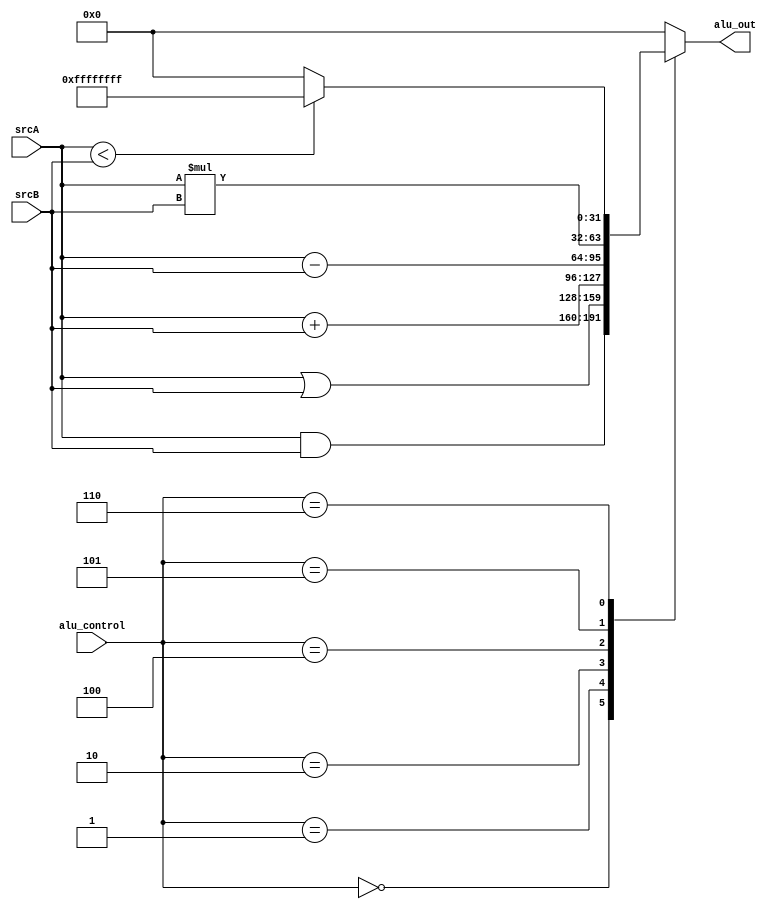
module alu(
    input  [31:0] srcA,
    input  [31:0] srcB,
    input  [2:0]  alu_control,
    output reg [31:0] alu_out   
);

always @(*) 
begin
    case(alu_control)
    3'b000: alu_out = srcA & srcB;
    3'b001: alu_out = srcA | srcB;
    3'b010: alu_out = srcA + srcB;
    3'b100: alu_out = srcA - srcB;
    3'b101: alu_out = srcA * srcB;
    3'b110: 
      begin
        if (srcA < srcB) alu_out = 32'hFFFFFFFF;
        else  alu_out =32'b0;
      end
    default: alu_out = 32'b0;  
    endcase
end

 endmodule